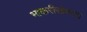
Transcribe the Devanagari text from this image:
भाकरीसोबतच